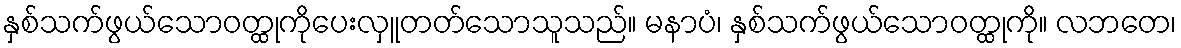
နှစ်သက်ဖွယ်သောဝတ္ထုကိုပေးလှူတတ်သောသူသည်။ မနာပံ၊ နှစ်သက်ဖွယ်သောဝတ္ထုကို။ လဘတေ၊